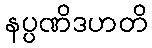
နပ္ပဏိဒဟတိ